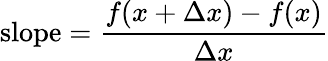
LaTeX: {\mathrm{slope}}={\frac{f(x+\Delta x)-f(x)}{\Delta x}}